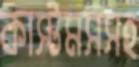
কাস্টমসসহ